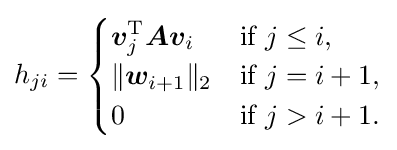
h_{ji}={\begin{cases}{\boldsymbol {v}}_{j}^{\mathrm {T} }{\boldsymbol {Av}}_{i}&{\text{if }}j\leq i{\text{,}}\\\lVert {\boldsymbol {w}}_{i+1}\rVert _{2}&{\text{if }}j=i+1{\text{,}}\\0&{\text{if }}j>i+1{\text{.}}\end{cases}}